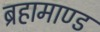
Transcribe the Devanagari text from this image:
ब्रहामाण्ड